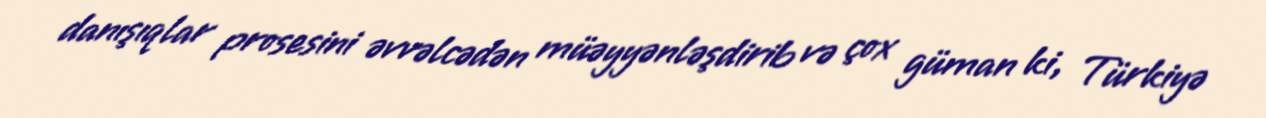
danışıqlar prosesini əvvəlcədən müəyyənləşdirib və çox güman ki, Türkiyə